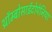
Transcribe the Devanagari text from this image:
थ्रॉम्बोसाईटोपेनिया